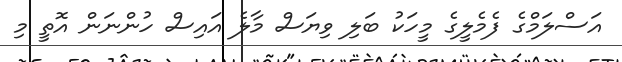
އަސްލަމްގެ ފެމެލީގެ މީހަކު ބަލި ވިޔަސް މާލެ އައިސް ހުންނަން އޮތީ މި